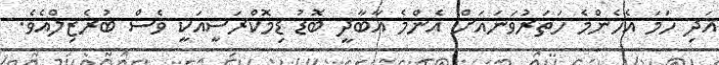
އަދި ހަމަ އެހެންމެ ހަތަރުވަނައަށް އެންމެ އާބާދީ ބޮޑު ޑިމޮކްރަސީއަކީ ވެސް ބުރެޒިލްއެވެ.